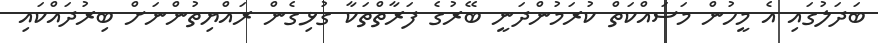
ބަދަލުގައި އެ މީހުން މަސައްކަތް ކުރަމުންދަނީ ބޭރުގެ ފަރާތްތަކާ ގުޅިގެން ރައްޔިތުންނަށް ބިރުދައްކައި